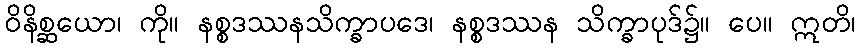
ဝိနိစ္ဆယော၊ ကို။ နစ္စဒဿနသိက္ခာပဒေ၊ နစ္စဒဿန သိက္ခာပုဒ်၌။ ပေ။ ဣတိ၊